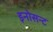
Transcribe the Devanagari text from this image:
इनोसन्ट